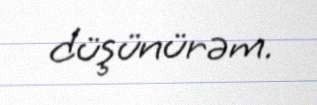
düşünürəm.